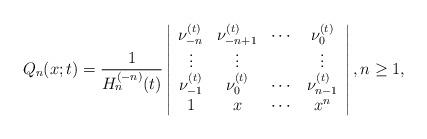
LaTeX: \begin{align*} Q_{n}(x; t) = \frac{1}{H_{n}^{(-n)}(t)} \left|\begin{array}{cccc}\nu_{-n}^{(t)} & \nu_{-n+1}^{(t)} & \cdots & \nu_{0}^{(t)} \\\vdots & \vdots & & \vdots \\\nu_{-1}^{(t)} & \nu_{0}^{(t)} & \cdots & \nu_{n-1}^{(t)} \\1 & x & \cdots & x^n \\\end{array} \right|, n \geq 1,\end{align*}